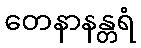
တေနာနန္တရံ